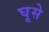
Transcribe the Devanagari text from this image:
घूसे